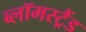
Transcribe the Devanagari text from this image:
ब्लॉमस्ट्रैंड